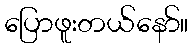
ပြောဖူးတယ်နော်။